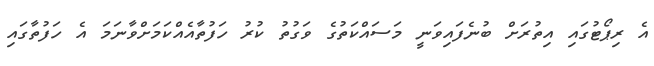
އެ ރިޕޯޓުގައި އިތުރަށް ބުނެފައިވަނީ މަސައްކަތުގެ ވަގުތު ކުރު ހަފުތާއެއްކަމަށްވާނަމަ އެ ހަފުތާގައި